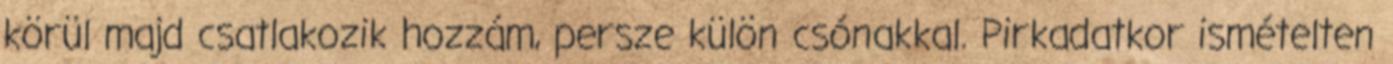
körül majd csatlakozik hozzám, persze külön csónakkal. Pirkadatkor ismételten